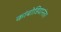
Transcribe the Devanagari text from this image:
कांबोडियानंतर